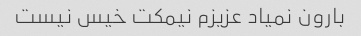
بارون نمیاد عزیزم نیمکت خیس نیست